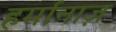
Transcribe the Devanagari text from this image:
हर्मानाज़